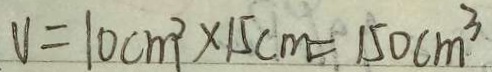
v = 1 0 c m ^ { 2 } \times 1 5 c m = 1 5 0 c m ^ { 3 }